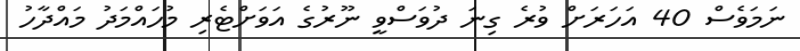
ނަމަވެސް 40 އަހަރަށް ވުރެ ގިނަ ދުވަސްވީ ނޫރުގެ އަވަށްޓެރި މުހައްމަދު މައްދާހު